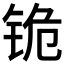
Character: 𰽺